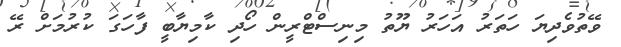
ވޭތުވެދިޔަ ހަތަރު އަހަރު ޔޫތު މިނިސްޓްރީން ހޯދި ކާމިޔާބީ ފާހަގަ ކުރުމަށް ރޭ